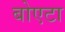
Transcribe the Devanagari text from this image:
बोएटा